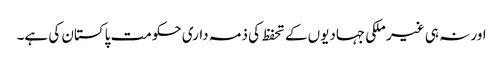
اور نہ ہی غیر ملکی جہادیوں کے تحفظ کی ذمہ داری حکومت پاکستان کی ہے۔